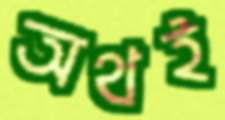
অথই